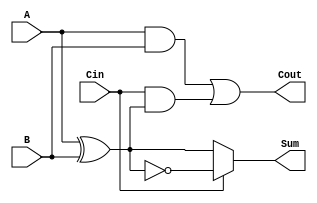
module Conditional_Sum_Full_Adder (
    input wire A,       // First input bit
    input wire B,       // Second input bit
    input wire Cin,     // Carry-in bit
    output wire Sum,    // Resulting sum bit
    output wire Cout    // Carry-out bit
);

    // Intermediate signals
    wire AxorB;         // A XOR B
    wire AxorB_not;     // NOT (A XOR B)
    
    // Compute A XOR B
    assign AxorB = A ^ B;

    // Compute Sum based on Cin
    assign Sum = Cin ? ~AxorB : AxorB;

    // Compute Cout
    assign Cout = (A & B) | (Cin & AxorB);

endmodule